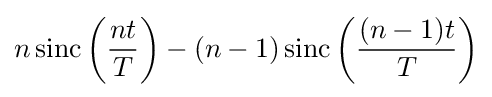
n\operatorname {sinc} \left({\frac {nt}{T}}\right)-(n-1)\operatorname {sinc} \left({\frac {(n-1)t}{T}}\right)